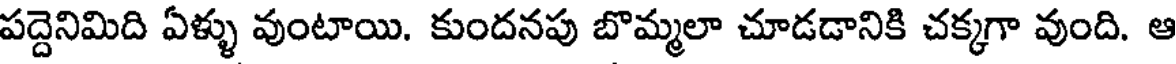
పద్దెనిమిది ఏళ్ళు వుంటాయి. కుందనపు బొమ్మలా చూడడానికి చక్కగా వుంది. ఆ